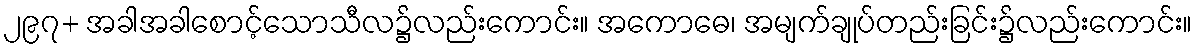
၂၉၇+ အခါအခါစောင့်သောသီလ၌လည်းကောင်း။ အကောဓေ၊ အမျက်ချုပ်တည်းခြင်း၌လည်းကောင်း။